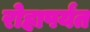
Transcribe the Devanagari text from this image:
रोहापर्यंत